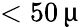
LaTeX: <50\, \upmu